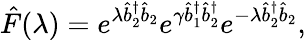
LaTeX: \hat{F}(\lambda)=e^{\lambda\hat{b}_{2}^{\dagger}\hat{b}_{2}}e^{\gamma\hat{b}_{1}^{\dagger}\hat{b}_{2}^{\dagger}}e^{-\lambda\hat{b}_{2}^{\dagger}\hat{b}_{2}},